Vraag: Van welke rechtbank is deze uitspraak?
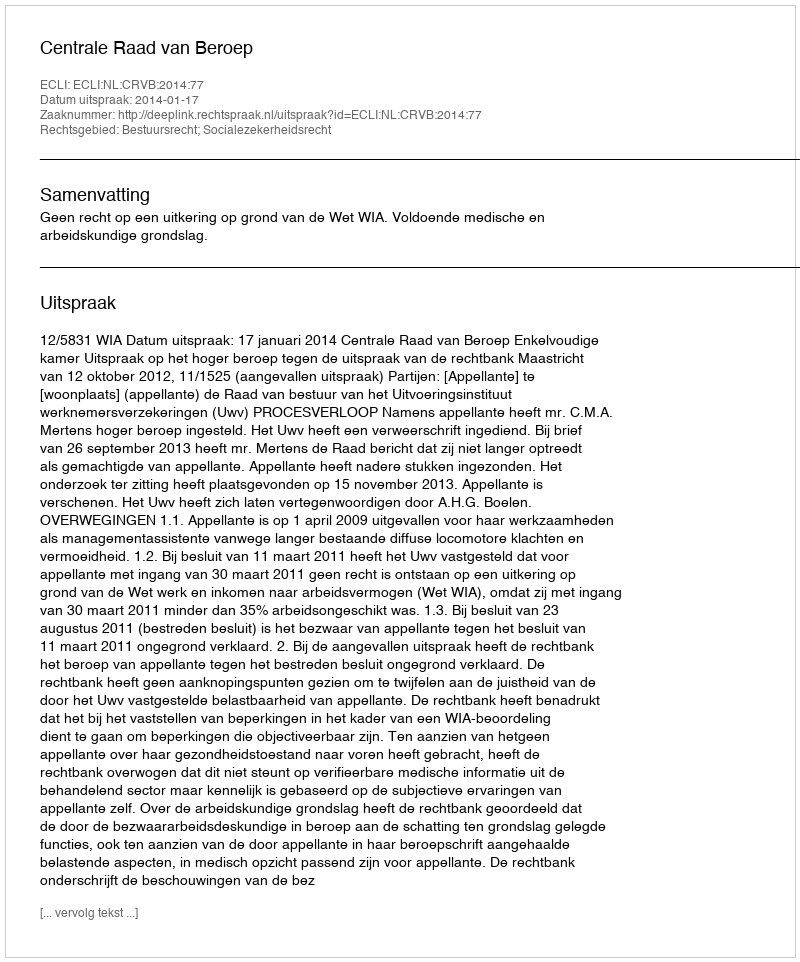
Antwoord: Centrale Raad van Beroep